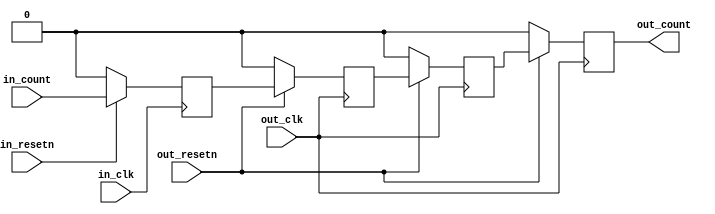
module sync_gray_3 (
	input in_clk,
	input in_resetn,
	input [DATA_WIDTH-1:0] in_count,
	input out_resetn,
	input out_clk,
	output [DATA_WIDTH-1:0] out_count
);
parameter DATA_WIDTH = 1;
parameter CLK_ASYNC = 1;
reg [DATA_WIDTH-1:0] cdc_sync_stage0 = 'h0;
reg [DATA_WIDTH-1:0] cdc_sync_stage1 = 'h0;
reg [DATA_WIDTH-1:0] cdc_sync_stage2 = 'h0;
reg [DATA_WIDTH-1:0] out_count_m = 'h0;
function [DATA_WIDTH-1:0] g2b;
	input [DATA_WIDTH-1:0] g;
	reg   [DATA_WIDTH-1:0] b;
	integer i;
	begin
		b[DATA_WIDTH-1] = g[DATA_WIDTH-1];
		for (i = DATA_WIDTH - 2; i >= 0; i =  i - 1)
			b[i] = b[i + 1] ^ g[i];
		g2b = b;
	end
endfunction
function [DATA_WIDTH-1:0] b2g;
	input [DATA_WIDTH-1:0] b;
	reg [DATA_WIDTH-1:0] g;
	integer i;
	begin
		g[DATA_WIDTH-1] = b[DATA_WIDTH-1];
		for (i = DATA_WIDTH - 2; i >= 0; i = i -1)
				g[i] = b[i + 1] ^ b[i];
		b2g = g;
	end
endfunction
always @(posedge in_clk) begin
	if (in_resetn == 1'b0) begin
		cdc_sync_stage0 <= 'h00;
	end else begin
		cdc_sync_stage0 <= b2g(in_count);
	end
end
always @(posedge out_clk) begin
	if (out_resetn == 1'b0) begin
		cdc_sync_stage1 <= 'h00;
		cdc_sync_stage2 <= 'h00;
		out_count_m <= 'h00;
	end else begin
		cdc_sync_stage1 <= cdc_sync_stage0;
		cdc_sync_stage2 <= cdc_sync_stage1;
		out_count_m <= g2b(cdc_sync_stage2);
	end
end
assign out_count = CLK_ASYNC ? out_count_m : in_count;
endmodule